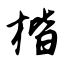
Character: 楷